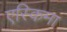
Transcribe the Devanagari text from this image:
एस्किमा